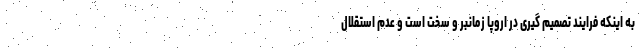
به اینکه فرایند تصمیم گیری در اروپا زمانبر و سخت است و عدم استقلال